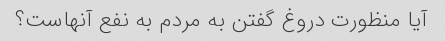
آیا منظورت دروغ گفتن به مردم به نفع آنهاست؟